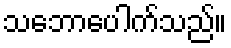
သဘောပေါက်သည်။